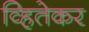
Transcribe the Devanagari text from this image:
व्हितेकर